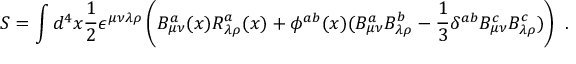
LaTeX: S = \int d ^ { 4 } x \frac { 1 } { 2 } \epsilon ^ { \mu \nu \lambda \rho } \left( B _ { \mu \nu } ^ { a } ( x ) R _ { \lambda \rho } ^ { a } ( x ) + \phi ^ { a b } ( x ) ( B _ { \mu \nu } ^ { a } B _ { \lambda \rho } ^ { b } - \frac { 1 } { 3 } \delta ^ { a b } B _ { \mu \nu } ^ { c } B _ { \lambda \rho } ^ { c } ) \right) \ .